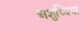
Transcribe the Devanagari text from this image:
अशुध्दियां